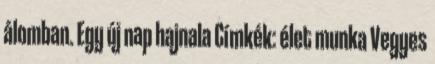
álomban. Egy új nap hajnala Címkék: élet munka Vegyes